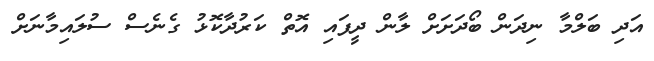
އަދި ބަލްމާ ނިދަން ބޯދަށަށް ލާން ދީފައި އޮތް ކަރުދާކޮޅު ގެނެސް ސުލައިމާނަށް